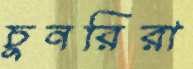
চুনরিরা